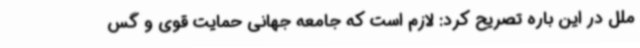
ملل در این باره تصریح کرد: لازم است که جامعه جهانی حمایت قوی و گس